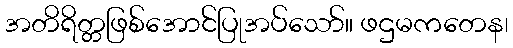
အတိရိတ္တဖြစ်အောင်ပြုအပ်သော်။ ဖဌမကတေန၊